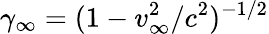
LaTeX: \gamma_{\infty}=(1-v_{\infty}^{2}/c^{2})^{-1/2}